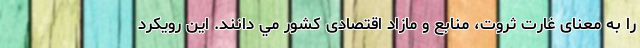
را به معنای غارت ثروت، منابع و مازاد اقتصادی كشور مي دانند. اين رويكرد